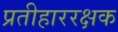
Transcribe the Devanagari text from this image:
प्रतीहाररक्षक